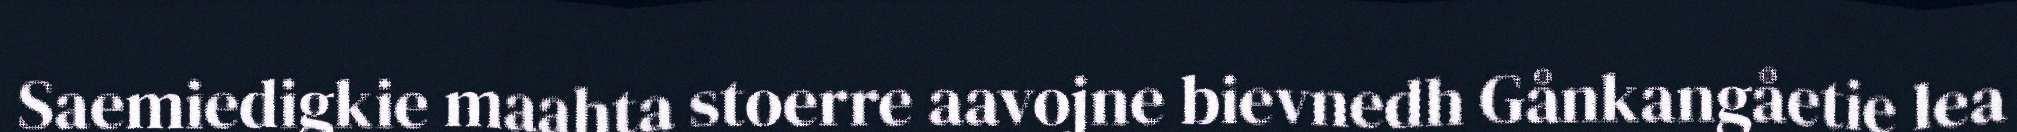
Saemiedigkie maahta stoerre aavojne bievnedh Gånkangåetie lea